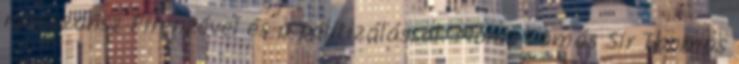
reneszánsz Firenzével és a politizálással. Morus Tamás Sir Thomas